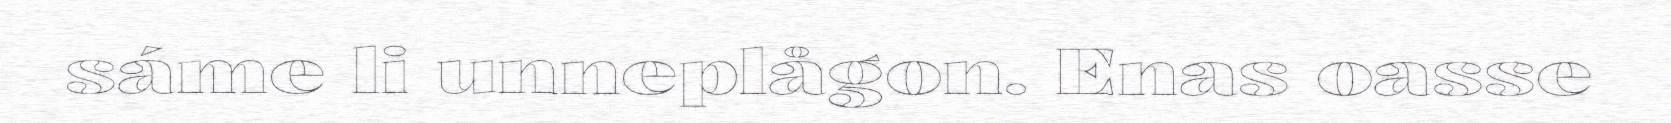
sáme li unneplågon. Enas oasse